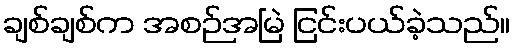
ချစ်ချစ်က အစဉ်အမြဲ ငြင်းပယ်ခဲ့သည်။